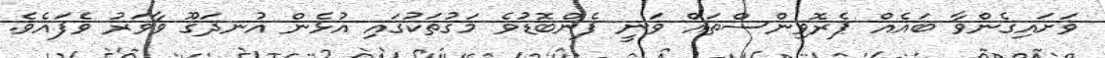
ވަށައިގެންވާ ބައެއް ޕެރޮވިންސްތައް ވަނީ ފެންބޮޑުވެ މަގުތަކުގައި އުޅެން އުނދަގޫ ވާވަރު ވެފައެވެ.